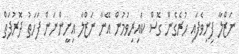
ނަޒްލާ ފިނިވެފައި ހުރެގެން ގޮސް ކައިރިވުމުން އޭނާ ނަޒްލާ އިށީންނަން ފަހަތު ދޮރުފަތް